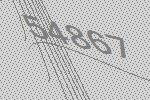
54867